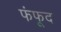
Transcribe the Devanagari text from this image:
फंफूद